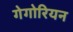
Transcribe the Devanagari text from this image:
गेगोरियन